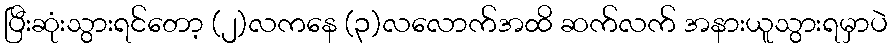
ပြီးဆုံးသွားရင်တော့ (၂)လကနေ (၃)လလောက်အထိ ဆက်လက် အနားယူသွားရမှာပဲ